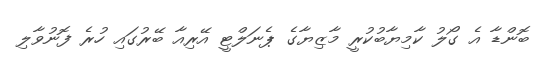
ބޮންޑާ އެ ގޯލު ކާމިޔާބުކުރީ މާޒިޔާގެ ޕެނަލްޓީ އޭރިއާ ބޭރުގައި ހުރެ ފޮނުވާލި